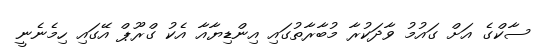
ސާކްގެ އަށް ގައުމު ވާދަކުރާ މުބާރާތުގައި އިންޑިޔާއާ އެކު ގްރޫޕް އޭގައި ހިމެނެނީ